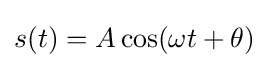
s(t)=A\cos(\omega t+\theta )